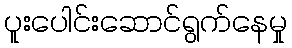
ပူးပေါင်းဆောင်ရွက်နေမှု